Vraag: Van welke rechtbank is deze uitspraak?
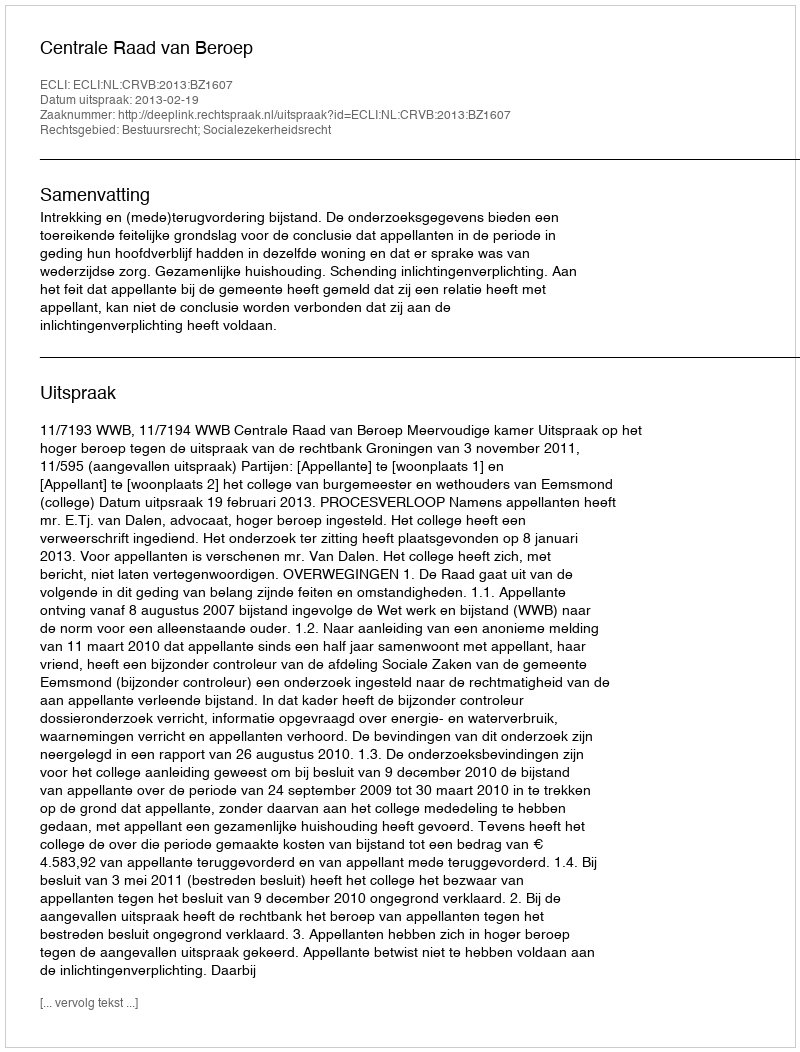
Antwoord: Centrale Raad van Beroep